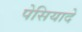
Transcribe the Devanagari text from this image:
पेसियादे